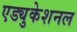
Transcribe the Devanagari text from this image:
एड्युकेशनल